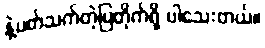
နဲ့ပတ်သက်တဲ့ပြတိုက်ရှိ ပါသေးတယ်။